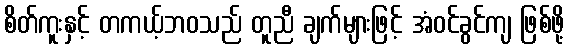
စိတ်ကူးနှင့် တကယ့်ဘဝသည် တူညီ ချက်များဖြင့် အံဝင်ခွင်ကျ ဖြစ်ဖို့